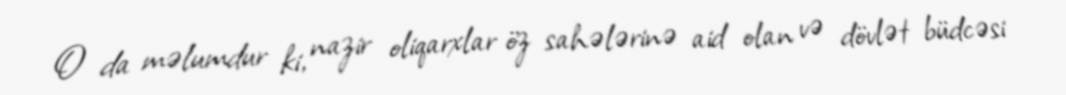
O da məlumdur ki, nazir oliqarxlar öz sahələrinə aid olan və dövlət büdcəsi